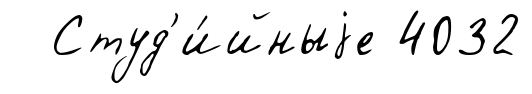
Студ'и́йныjе 4032